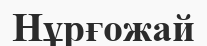
Нұрғожай